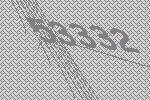
53332